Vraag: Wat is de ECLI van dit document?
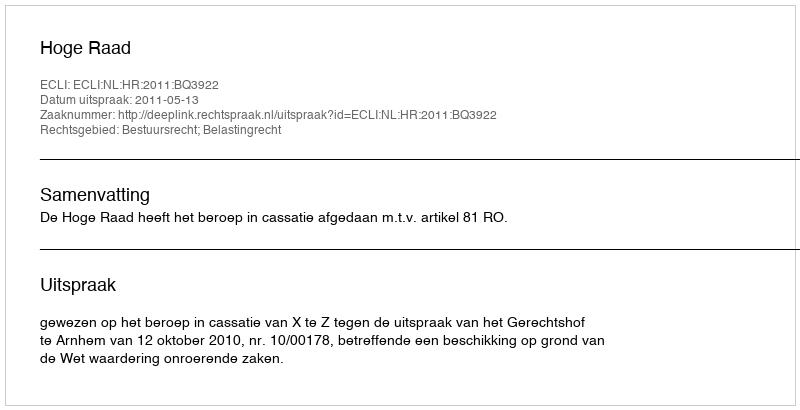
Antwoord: ECLI:NL:HR:2011:BQ3922